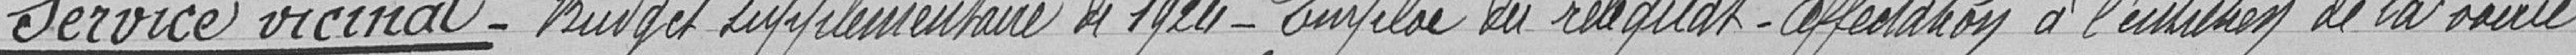
Service vicinal - Budget supplémentaire de 1920 - Emploi du reliquat - Affectation à l'entretien de la voirie